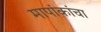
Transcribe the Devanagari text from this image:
मापांकांचा